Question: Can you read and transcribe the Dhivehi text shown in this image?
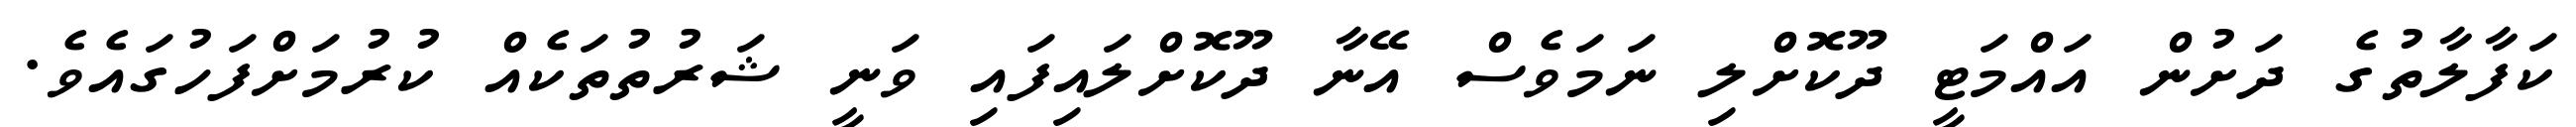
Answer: ކަފާލާތުގެ ދަށުން އައްމަޓީ ދޫކޮށްލި ނަމަވެސް އޭނާ ދޫކޮށްލައިފައި ވަނީ ޝަރުތުތަކެއް ކުރުމަށްފަހުގައެވެ.